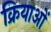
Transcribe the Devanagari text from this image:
क्रियाआें